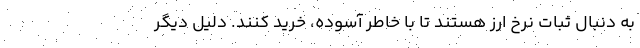
به دنبال ثبات نرخ ارز هستند تا با خاطر آسوده، خرید کنند. دلیل دیگر